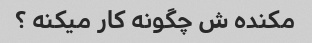
مکنده ش چگونه کار میکنه ؟